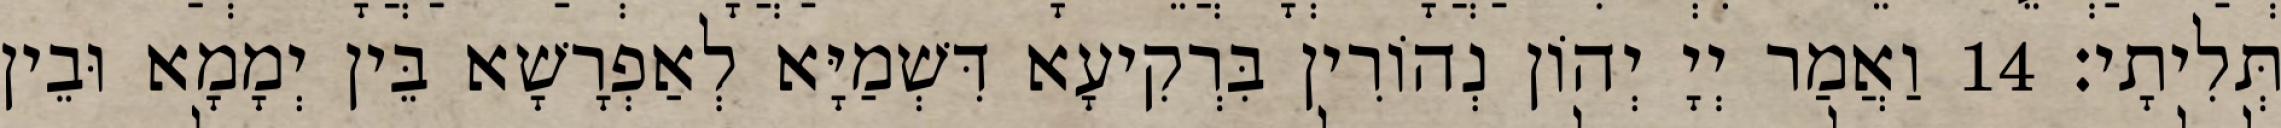
תְּלִיתָי׃ 14 וַאֲמַר יְיָ יְהוֹן נְהוֹרִין בִּרְקִיעָא דִּשְׁמַיָּא לְאַפְרָשָׁא בֵּין יְמָמָא וּבֵין